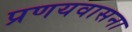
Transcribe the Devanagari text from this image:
प्रणयवासना